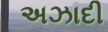
અઝાદી